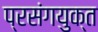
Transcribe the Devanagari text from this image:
प्रसंगयुक्त